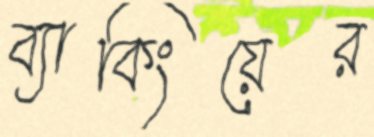
ব্যাকিংয়ের